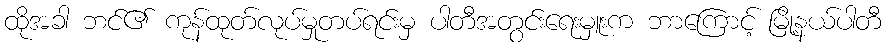
ထိုအခါ ဘင်၏ ကုန်ထုတ်လုပ်မှုတပ်ရင်းမှ ပါတီအတွင်းရေးမှူးက ဘာကြောင့် မြို့နယ်ပါတီ